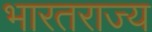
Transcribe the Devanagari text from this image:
भारतराज्य